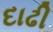
દાઢી